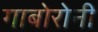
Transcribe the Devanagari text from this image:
गाबोरोनी